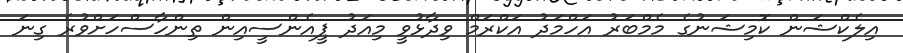
އިލެކްޝަން ކޮމިޝަނުގެ މެމްބަރު އަހްމަދު އަކްރަމް ވިދާޅުވީ މިއަދު ޕީއެންސީއިން ތިންހާސްހަށްވުރެ ގިނަ